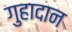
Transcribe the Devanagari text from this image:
गुहादान